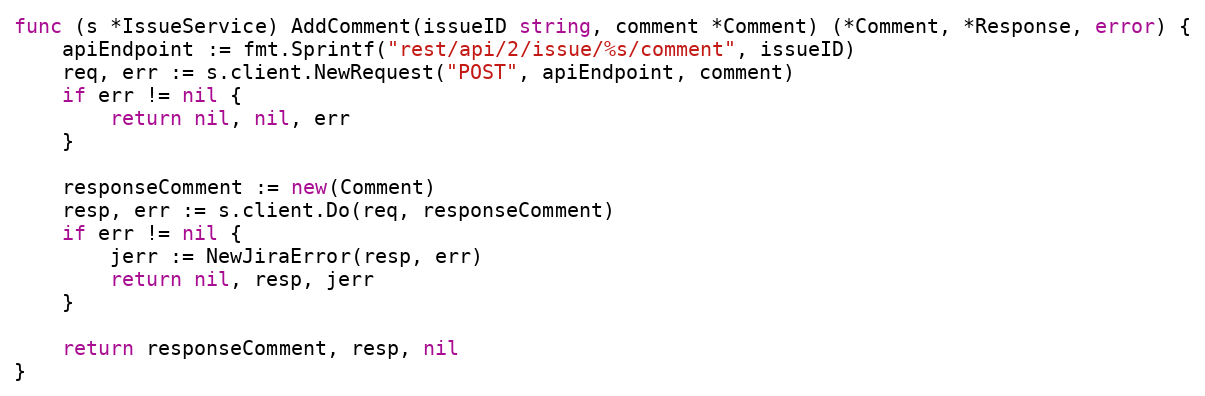
Language: Go
func (s *IssueService) AddComment(issueID string, comment *Comment) (*Comment, *Response, error) {
	apiEndpoint := fmt.Sprintf("rest/api/2/issue/%s/comment", issueID)
	req, err := s.client.NewRequest("POST", apiEndpoint, comment)
	if err != nil {
		return nil, nil, err
	}

	responseComment := new(Comment)
	resp, err := s.client.Do(req, responseComment)
	if err != nil {
		jerr := NewJiraError(resp, err)
		return nil, resp, jerr
	}

	return responseComment, resp, nil
}